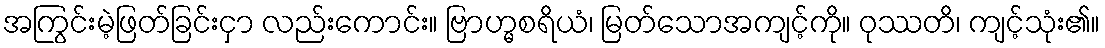
အကြွင်းမဲ့ဖြတ်ခြင်းငှာ လည်းကောင်း။ ဗြာဟ္မစရိယံ၊ မြတ်သောအကျင့်ကို။ ဝုဿတိ၊ ကျင့်သုံး၏။